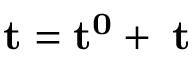
\mathbf { t = t ^ { 0 } + \Delta t }